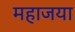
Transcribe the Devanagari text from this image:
महाजया